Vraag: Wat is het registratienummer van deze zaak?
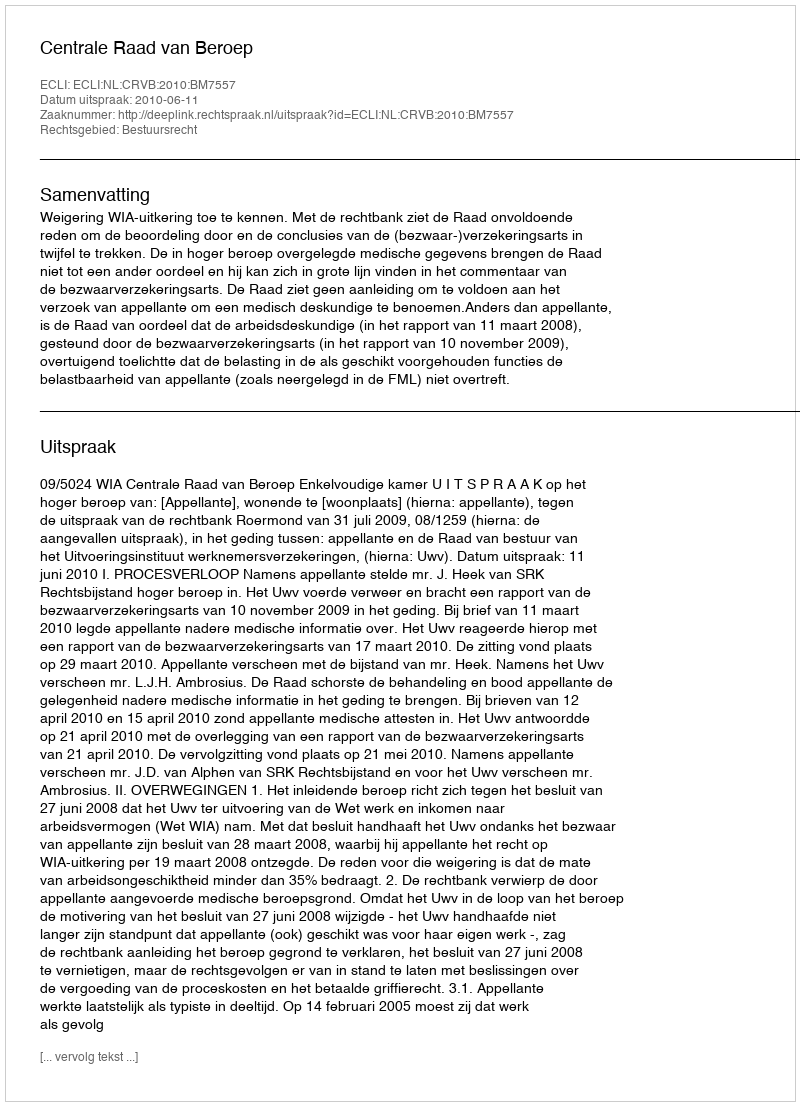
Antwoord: http://deeplink.rechtspraak.nl/uitspraak?id=ECLI:NL:CRVB:2010:BM7557